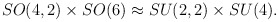
\begin{align*}SO (4,2) \times SO(6) \approx SU(2,2) \times SU(4).\end{align*}